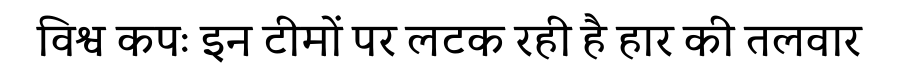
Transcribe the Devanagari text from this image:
विश्व कपः इन टीमों पर लटक रही है हार की तलवार